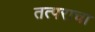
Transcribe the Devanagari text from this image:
तत्पराचा